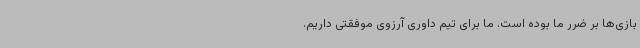
بازی‌ها بر ضرر ما بوده است. ما برای تیم داوری آرزوی موفقتی داریم.